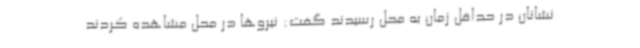
نشانان در حداقل زمان به محل رسیدند گفت: نیروها در محل مشاهده کردند